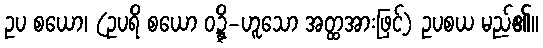
ဥပ စယော၊ (ဥပရိ စယော ဝဍ္ဍ္ဎိ-ဟူသော အတ္ထအားဖြင့်) ဥပစယ မည်၏။